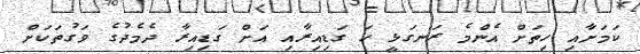
ކަމަށާއި ހިތަށް އެންމެ ރަނގަޅީ ހަ ގަޑިއިރާއި އަށް ގަޑިއިރާ ދެމެދުގެ ވަގުތަކަށް